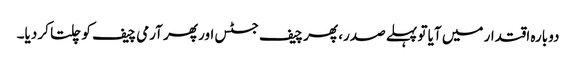
دوبارہ اقتدار میں آیا تو پہلے صدر، پھر چیف جسٹس اور پھر آرمی چیف کو چلتا کر دیا۔